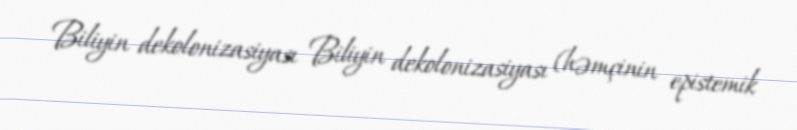
Biliyin dekolonizasiyası Biliyin dekolonizasiyası (həmçinin epistemik